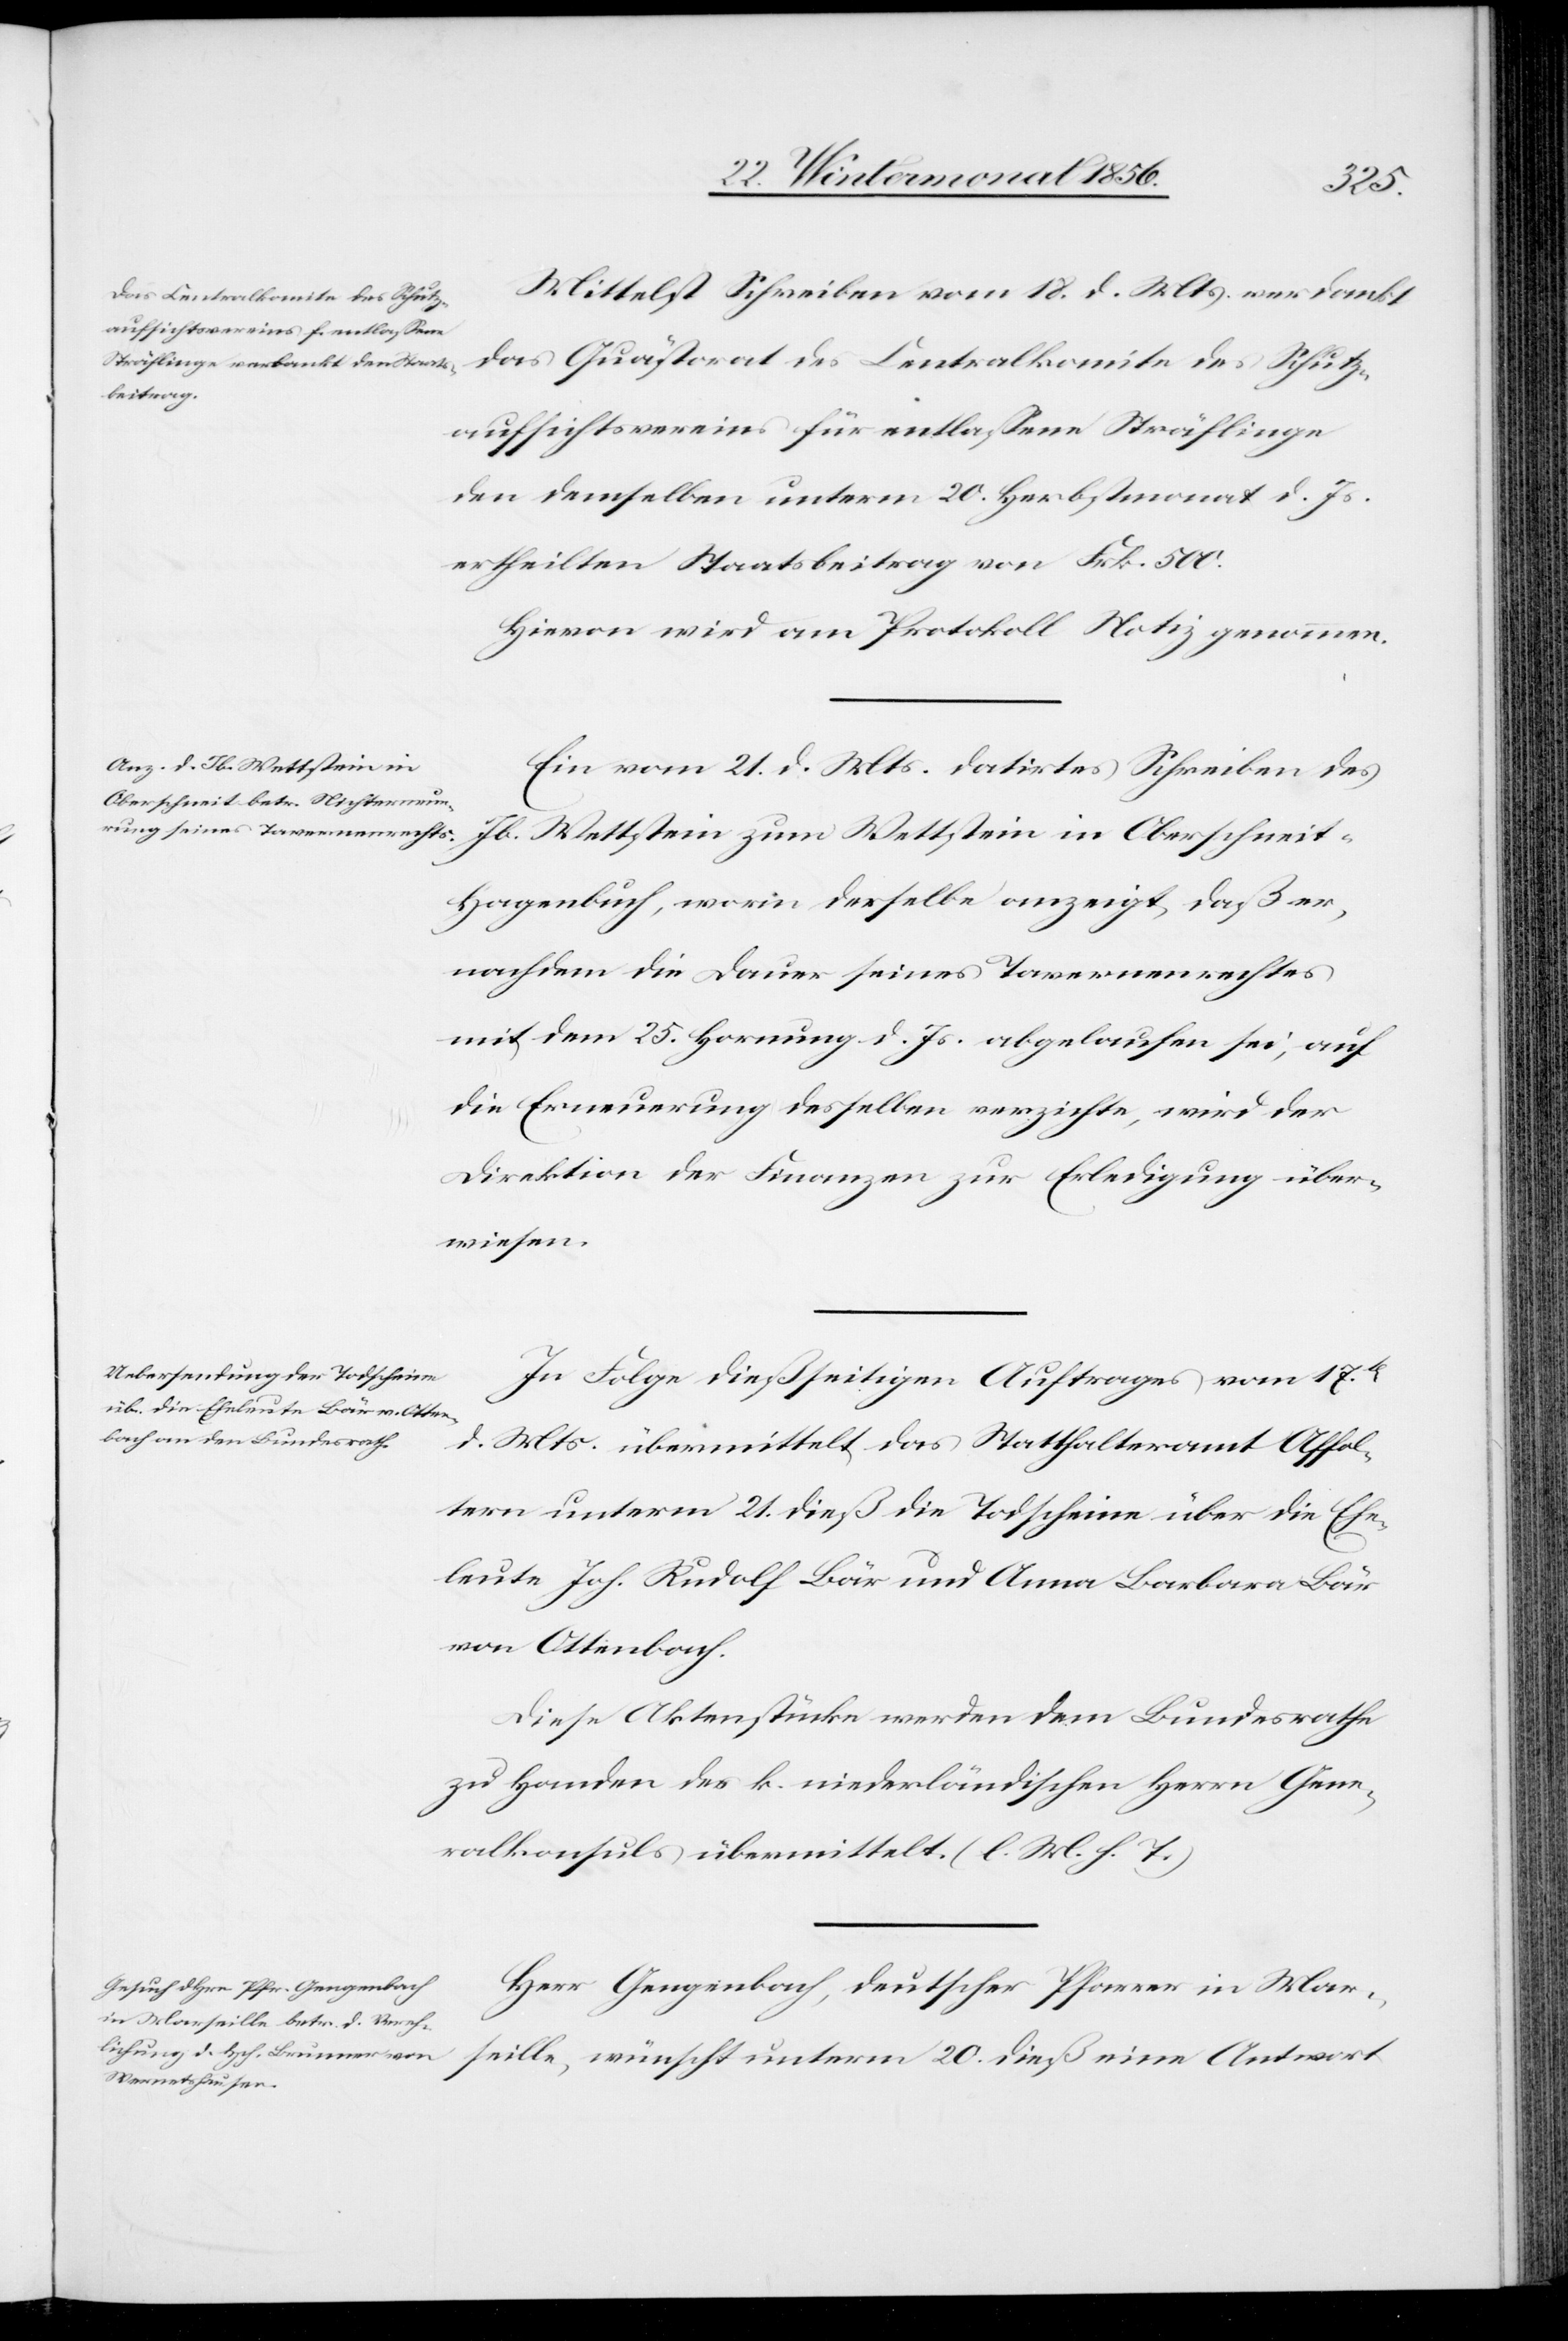
eine
Mittelst Schreiben vom 18. d. Mts. verdankt
des Centralkomite des Schutz¬
aufsichtsvereins für entlassene Sträflinge
den demselben unterm 20. Herbstmonat d. Js.
ertheilten Staatsbeitrag von Frk. 500.
Hievon wird am Protokoll Notiz genommen.
Ein vom 21. d. Mts. datirtes Schreiben des
t-Hagenbuch, worin derselbe anzeigt, daß er,
nachdem die Dauer seines Tavernenrechtes
mit dem 25. Hornung d. Js. abgelaufen sei, auf
die Erneuerung desselben verzichte, wird der
Direktion der Finanzen zur Erledigung über¬
wiesen.
In Folge dießseitigen Auftrages vom 17t
d. Mts. übermittelt das Statthalteramt Affol¬
tern unterm 21. dieß die Todscheine über die Ehe¬
leute Joh. Rudolf Bär und Anna Barbara Bär
von Ottenbach.
Diese Aktenstücke werden dem Bundesrathe
zu Handen des k. niederländischen Herrn Gene¬
ralkonsuls übermittelt. (l. M. h. T.)
Herr Gengenbach, deutscher Pfarrer in Mar¬